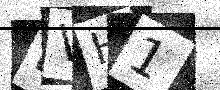
Text: MVH1